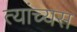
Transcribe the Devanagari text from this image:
त्यांच्यस